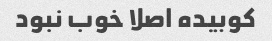
کوبیده اصلا خوب نبود